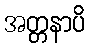
အတ္တနာပိ